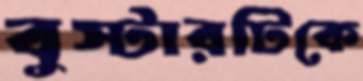
বুস্টারটিকে